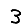
Digit: 3